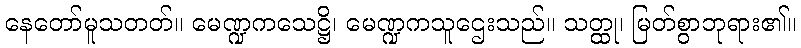
နေတော်မူသတတ်။ မေဏ္ဍကသေဋ္ဌိ၊ မေဏ္ဍကသူဌေးသည်။ သတ္ထု၊ မြတ်စွာဘုရား၏။